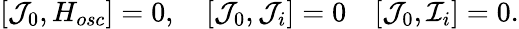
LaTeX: [{\cal J}_{0},H_{osc}]=0,\quad[{\cal J}_{0},{\cal J}_{i}]=0\quad[{\cal J}_{0},{\cal I}_{i}]=0.